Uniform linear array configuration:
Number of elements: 48
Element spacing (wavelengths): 0.5
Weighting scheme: binomial
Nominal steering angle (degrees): -60
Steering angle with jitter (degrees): -60.102
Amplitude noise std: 0.05
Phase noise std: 0.05

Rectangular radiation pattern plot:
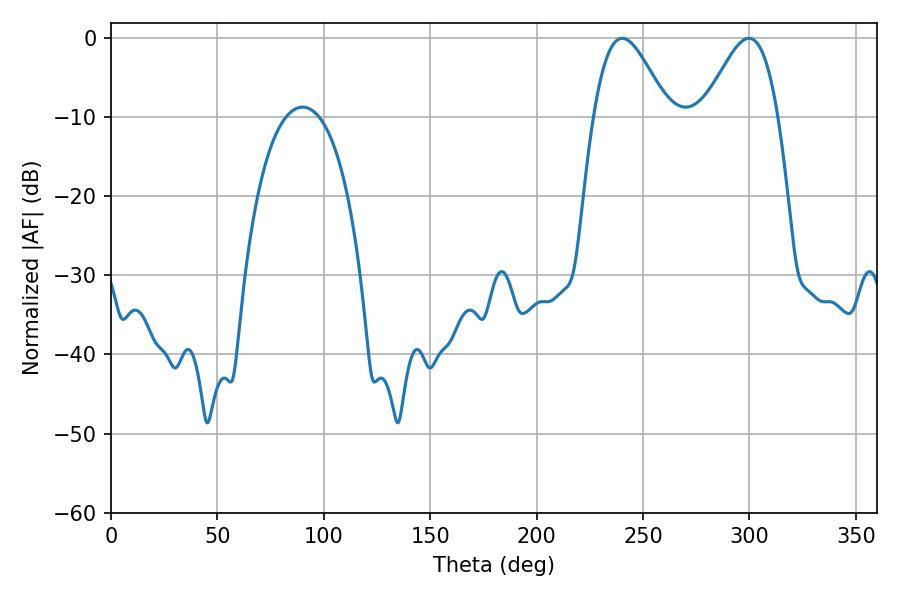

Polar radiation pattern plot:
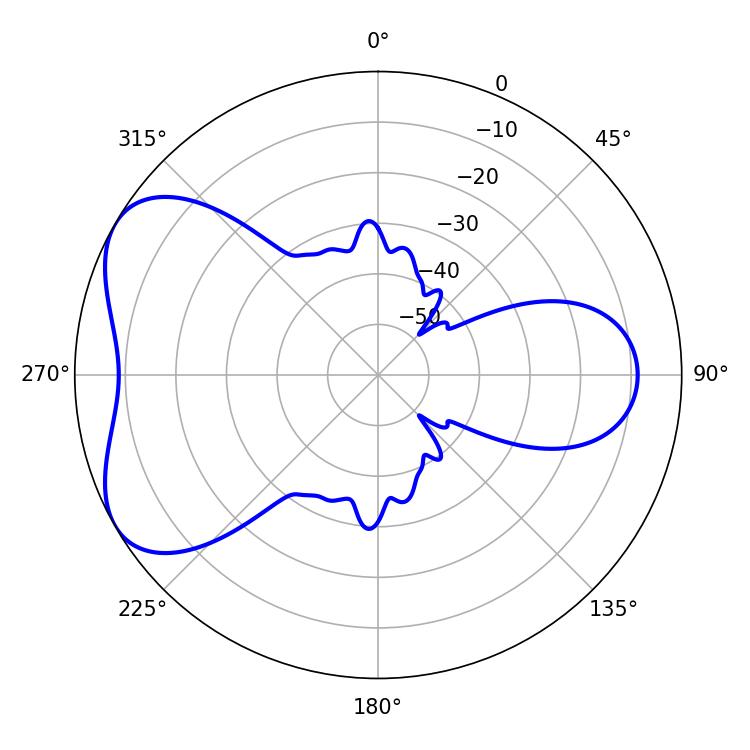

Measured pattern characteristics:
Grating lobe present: FALSE
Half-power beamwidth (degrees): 18.54
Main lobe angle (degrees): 240.3